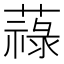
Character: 𦽎